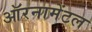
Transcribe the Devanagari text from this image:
ऑरनामेंटल